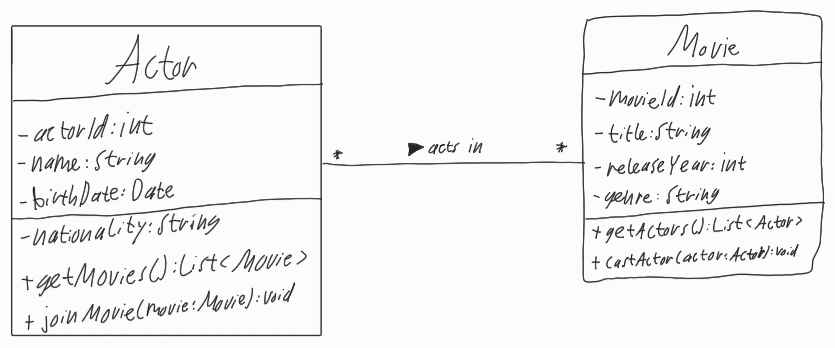
Diagram type: class_diagram
```plantuml
@startuml

left to right direction

class Actor {
  - actorId: int
  - name: String
  - birthDate: Date
  - nationality: String
  + getMoves(): List<Movie>
  + joinMovie(movie: Movie): void
}

class Movie {
  - movieId: int
  - title: String
  - releaseYear: int
  - genre: String
  + getActors(): List<Actor>
  + castActor(actor: Actor): void
}

Actor "*" -- "*" Movie : acts in >

@enduml
```